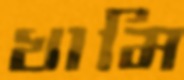
খামি